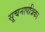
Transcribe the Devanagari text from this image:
सूचनापत्रिका